Problem: 13 + 6 = ?
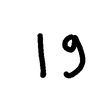
Handwritten answer: 19